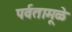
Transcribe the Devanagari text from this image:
पर्वतामूळे